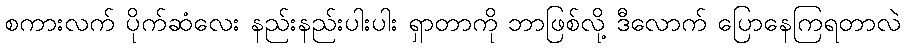
စကားလက် ပိုက်ဆံလေး နည်းနည်းပါးပါး ရှာတာကို ဘာဖြစ်လို့ ဒီလောက် ပြောနေကြရတာလဲ